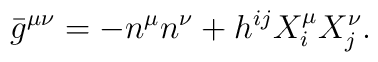
{}\bar{g}^{\mu \nu} = - n^\mu n^\nu + h^{ij} X^{\mu}_i X^{\nu}_j.